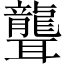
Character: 聾